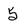
Character: 5